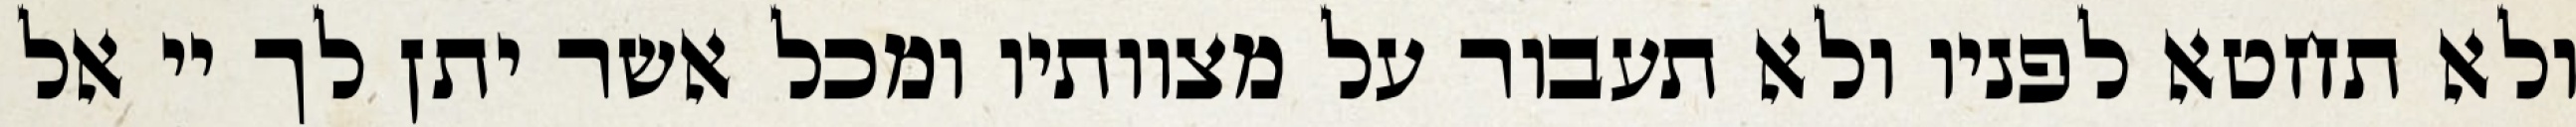
ולא תחטא לפניו ולא תעבור על מצוותיו ומכל אשר יתן לך יי אל